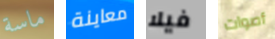
ماسة معاينة فيلا أصوات